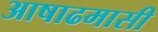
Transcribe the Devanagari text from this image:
आषाढमासी